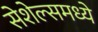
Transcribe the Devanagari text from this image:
सेशेल्समध्ये